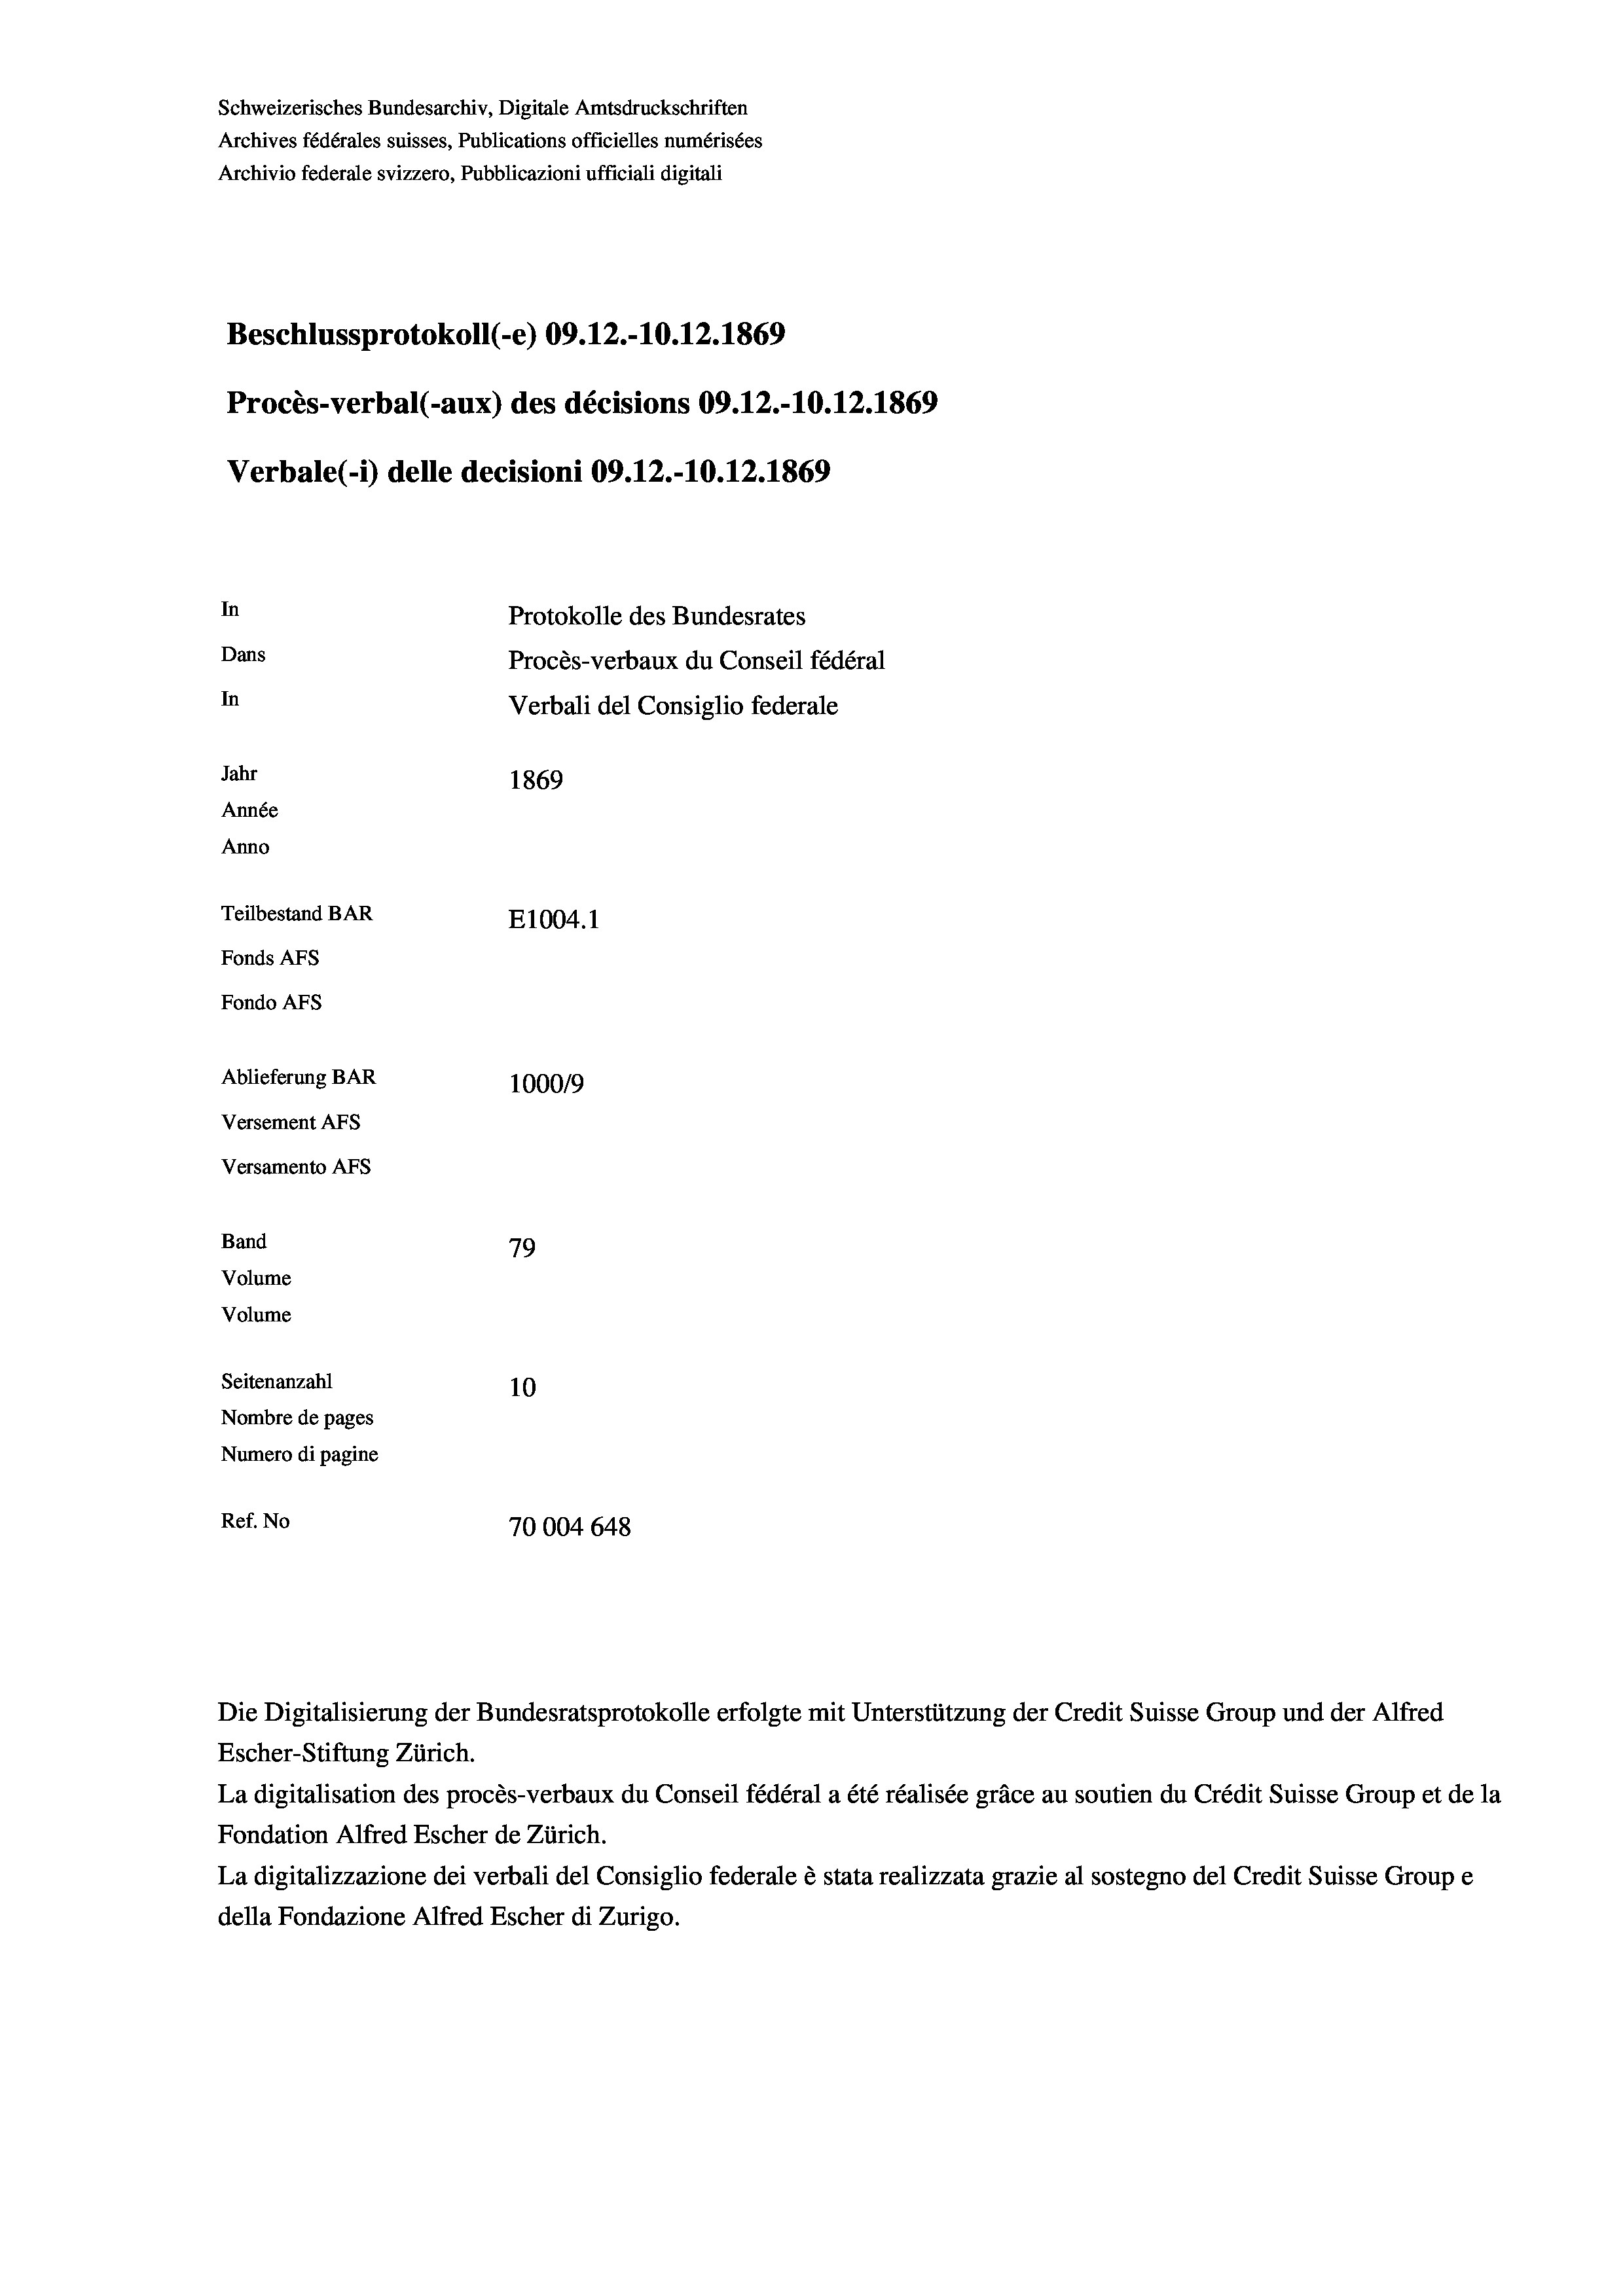
Schweizerisches Bundesarchiv, Digitale Amtsdruckschriften
Archives fédérales suisses, Publications officielles numérisées
Archivio federale svizzero, Pubblicazioni ufficiali digitali
Beschlussprotokoll (-e) 09.12.-10.12.1869
Procès-verbal (-aux) des décisions 09.12.-10.12.1869
Verbale(-*) delle decisioni 09.12.-10.12.1869
In
Protokolle des Bundesrates
Dans
Procès-verbaux du Conseil fédéral
In
Verbali del Consiglio federale
Jahr
1869
Année
Anno
Teilbestand BAR
E1004.1
Fonds AFs
Fondo AFS
Ablieferung BAR
100019
Versement AFs

Versamento AFs
Band
Volume

79
Volume
Seitenanzahl
10
Nombre de pages
Numero di pagine
Ref. No
70004 648

Escher-Stiftung Zürich.
La digitalisation des procès-verbaux du Conseil fédéral a été réalisée gräce au soutien du Crédit Suisse Group et de la
Fondation Alfred Escher de Zürich.
La digitalizzazione dei verbali del Consiglio federale è stata realizzata grazie al sostegno del Credit Suisse Groupe
della Fondazione Alfred Escher di Zurigo.

Die Digitalisierung der Bundesratsprotokolle erfolgte mit Unterstützung der Credit Suisse Group und der Alfred